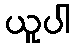
ယူပါ